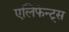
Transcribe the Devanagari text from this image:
एलिफेन्ट्स